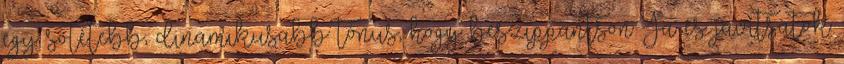
egy sötétebb, dinamikusabb tónus, hogy beszippantson Ja és javítsatok